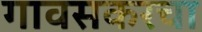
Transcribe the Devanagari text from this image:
गावसकरचा